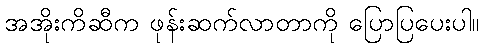
အအိုးကိဆီက ဖုန်းဆက်လာတာကို ပြောပြပေးပါ။